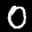
Label: 0